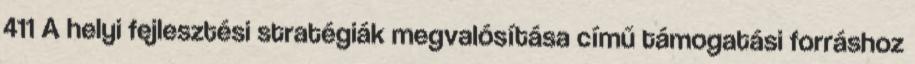
411 A helyi fejlesztési stratégiák megvalósítása című támogatási forráshoz